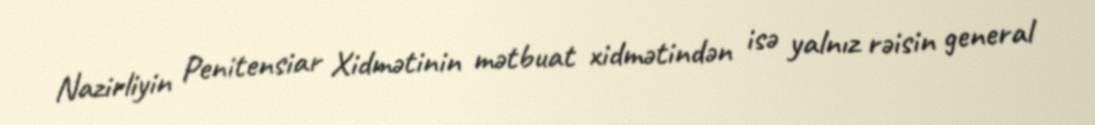
Nazirliyin Penitensiar Xidmətinin mətbuat xidmətindən isə yalnız rəisin general